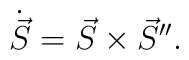
\dot{\vec S} =  \vec S \times \vec S''.